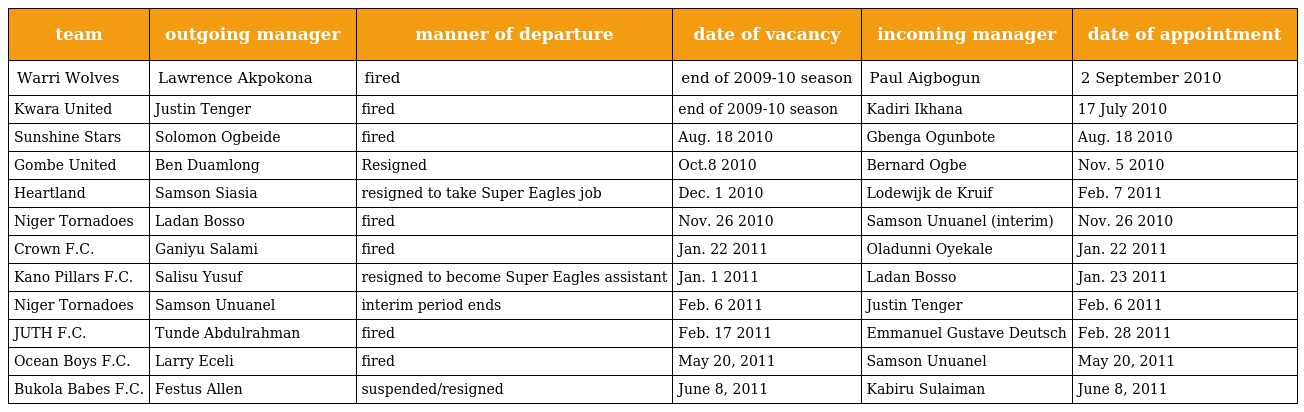
| team | outgoing manager | manner of departure | date of vacancy | incoming manager | date of appointment |
 | --- | --- | --- | --- | --- | --- |
 | Warri Wolves | Lawrence Akpokona | fired | end of 2009-10 season | Paul Aigbogun | 2 September 2010 |
 | Kwara United | Justin Tenger | fired | end of 2009-10 season | Kadiri Ikhana | 17 July 2010 |
 | Sunshine Stars | Solomon Ogbeide | fired | Aug. 18 2010 | Gbenga Ogunbote | Aug. 18 2010 |
 | Gombe United | Ben Duamlong | Resigned | Oct.8 2010 | Bernard Ogbe | Nov. 5 2010 |
 | Heartland | Samson Siasia | resigned to take Super Eagles job | Dec. 1 2010 | Lodewijk de Kruif | Feb. 7 2011 |
 | Niger Tornadoes | Ladan Bosso | fired | Nov. 26 2010 | Samson Unuanel (interim) | Nov. 26 2010 |
 | Crown F.C. | Ganiyu Salami | fired | Jan. 22 2011 | Oladunni Oyekale | Jan. 22 2011 |
 | Kano Pillars F.C. | Salisu Yusuf | resigned to become Super Eagles assistant | Jan. 1 2011 | Ladan Bosso | Jan. 23 2011 |
 | Niger Tornadoes | Samson Unuanel | interim period ends | Feb. 6 2011 | Justin Tenger | Feb. 6 2011 |
 | JUTH F.C. | Tunde Abdulrahman | fired | Feb. 17 2011 | Emmanuel Gustave Deutsch | Feb. 28 2011 |
 | Ocean Boys F.C. | Larry Eceli | fired | May 20, 2011 | Samson Unuanel | May 20, 2011 |
 | Bukola Babes F.C. | Festus Allen | suspended/resigned | June 8, 2011 | Kabiru Sulaiman | June 8, 2011 |